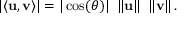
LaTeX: \left| \langle \mathbf { u } , \mathbf { v } \rangle \right| = | \cos ( \theta ) | \ \left\| \mathbf { u } \right\| \ \left\| \mathbf { v } \right\| .